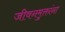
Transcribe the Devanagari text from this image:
जीवनमुक्तांना